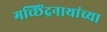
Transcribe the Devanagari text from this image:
मच्छिंद्रनाथांच्या